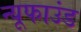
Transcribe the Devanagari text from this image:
न्यूफाउंड